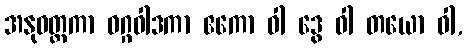
အနုဝတ္တကာ ဝဂ္ဂဝါဒကာ ဧကော ဝါ ဒွေ ဝါ တယော ဝါ,